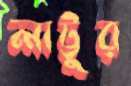
লাট্টুর